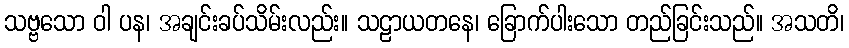
သဗ္ဗသော ဝါ ပန၊ အချင်းခပ်သိမ်းလည်း။ သဠာယတနေ၊ ခြောက်ပါးသော တည်ခြင်းသည်။ အသတိ၊